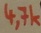
Text: 4,7k